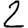
Digit: 2